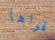
قواها